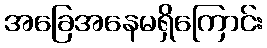
အခြေအနေမရှိကြောင်း